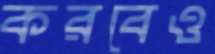
করবেও